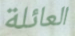
العائلة